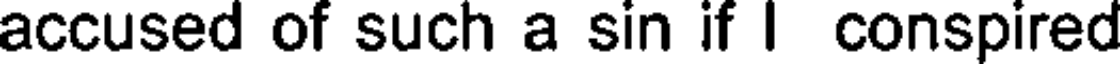
accused of such a sin if I conspired